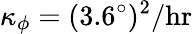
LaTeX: \kappa_{\phi}=(3.6^{\circ})^{2}/\mathrm{hr}